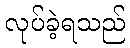
လုပ်ခဲ့ရသည်